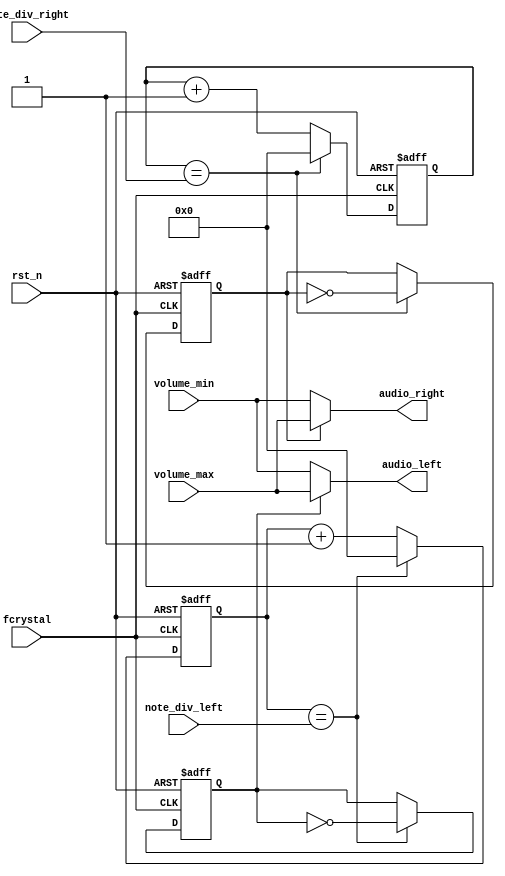
`timescale 1ns / 1ps
//////////////////////////////////////////////////////////////////////////////////
// Company: 
// Engineer: 
// 
// Design Name: 
// Module Name: buzzer_control
// Project Name: 
// Target Devices: 
// Tool Versions: 
// Description: 
// 
// Dependencies: 
// 
// Revision:
// Revision 0.01 - File Created
// Additional Comments:
// 
//////////////////////////////////////////////////////////////////////////////////


module buzzer_control(
    input fcrystal,
    input rst_n,
    input [15:0] volume_min,
    input [15:0] volume_max,
    input [21:0] note_div_left,
    input [21:0] note_div_right,
    output [15:0] audio_left,
    output [15:0] audio_right
    );
    reg [21:0] clk_cnt_left_next, clk_cnt_left, clk_cnt_right_next, clk_cnt_right; 
    reg b_clk_left, b_clk_left_next; 
    reg b_clk_right, b_clk_right_next;
    
    // Left Note frequency generation 
    always @(posedge fcrystal or negedge rst_n) 
        if (~rst_n) begin 
            clk_cnt_left <= 22'd0; 
            b_clk_left <= 1'b0; 
        end 
        else begin 
            clk_cnt_left <= clk_cnt_left_next; 
            b_clk_left <= b_clk_left_next; 
        end 
    always @* 
        if (clk_cnt_left == note_div_left) begin 
            clk_cnt_left_next = 22'd0; 
            b_clk_left_next = ~b_clk_left; 
        end 
        else begin 
            clk_cnt_left_next = clk_cnt_left + 1'b1; 
            b_clk_left_next = b_clk_left; 
        end 
    
    // Right Note frequency generation 
    always @(posedge fcrystal or negedge rst_n) 
        if (~rst_n) begin 
            clk_cnt_right <= 22'd0; 
            b_clk_right <= 1'b0; 
        end 
        else begin 
            clk_cnt_right <= clk_cnt_right_next; 
            b_clk_right <= b_clk_right_next; 
        end 
    always @* 
        if (clk_cnt_right == note_div_right) begin 
            clk_cnt_right_next = 22'd0; 
            b_clk_right_next = ~b_clk_right; 
        end 
        else begin 
            clk_cnt_right_next = clk_cnt_right + 1'b1; 
            b_clk_right_next = b_clk_right; 
        end 
    // Assign the amplitude of the note 
    assign audio_left = (b_clk_left == 1'b0) ? volume_min : volume_max; 
    assign audio_right = (b_clk_right == 1'b0) ? volume_min : volume_max; 

endmodule